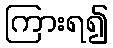
ကြားရ၍